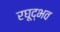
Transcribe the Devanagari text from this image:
रघूद्भव